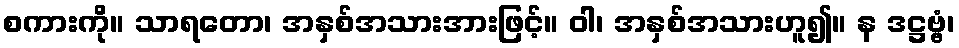
စကားကို။ သာရတော၊ အနှစ်အသားအားဖြင့်။ ဝါ၊ အနှစ်အသားဟူ၍။ န ဒဋ္ဌဗ္ဗံ၊